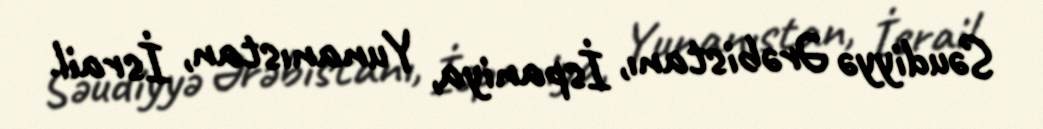
Səudiyyə Ərəbistanı, İspaniya, Yunanıstan, İsrail.